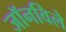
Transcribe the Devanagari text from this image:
जॉनविले